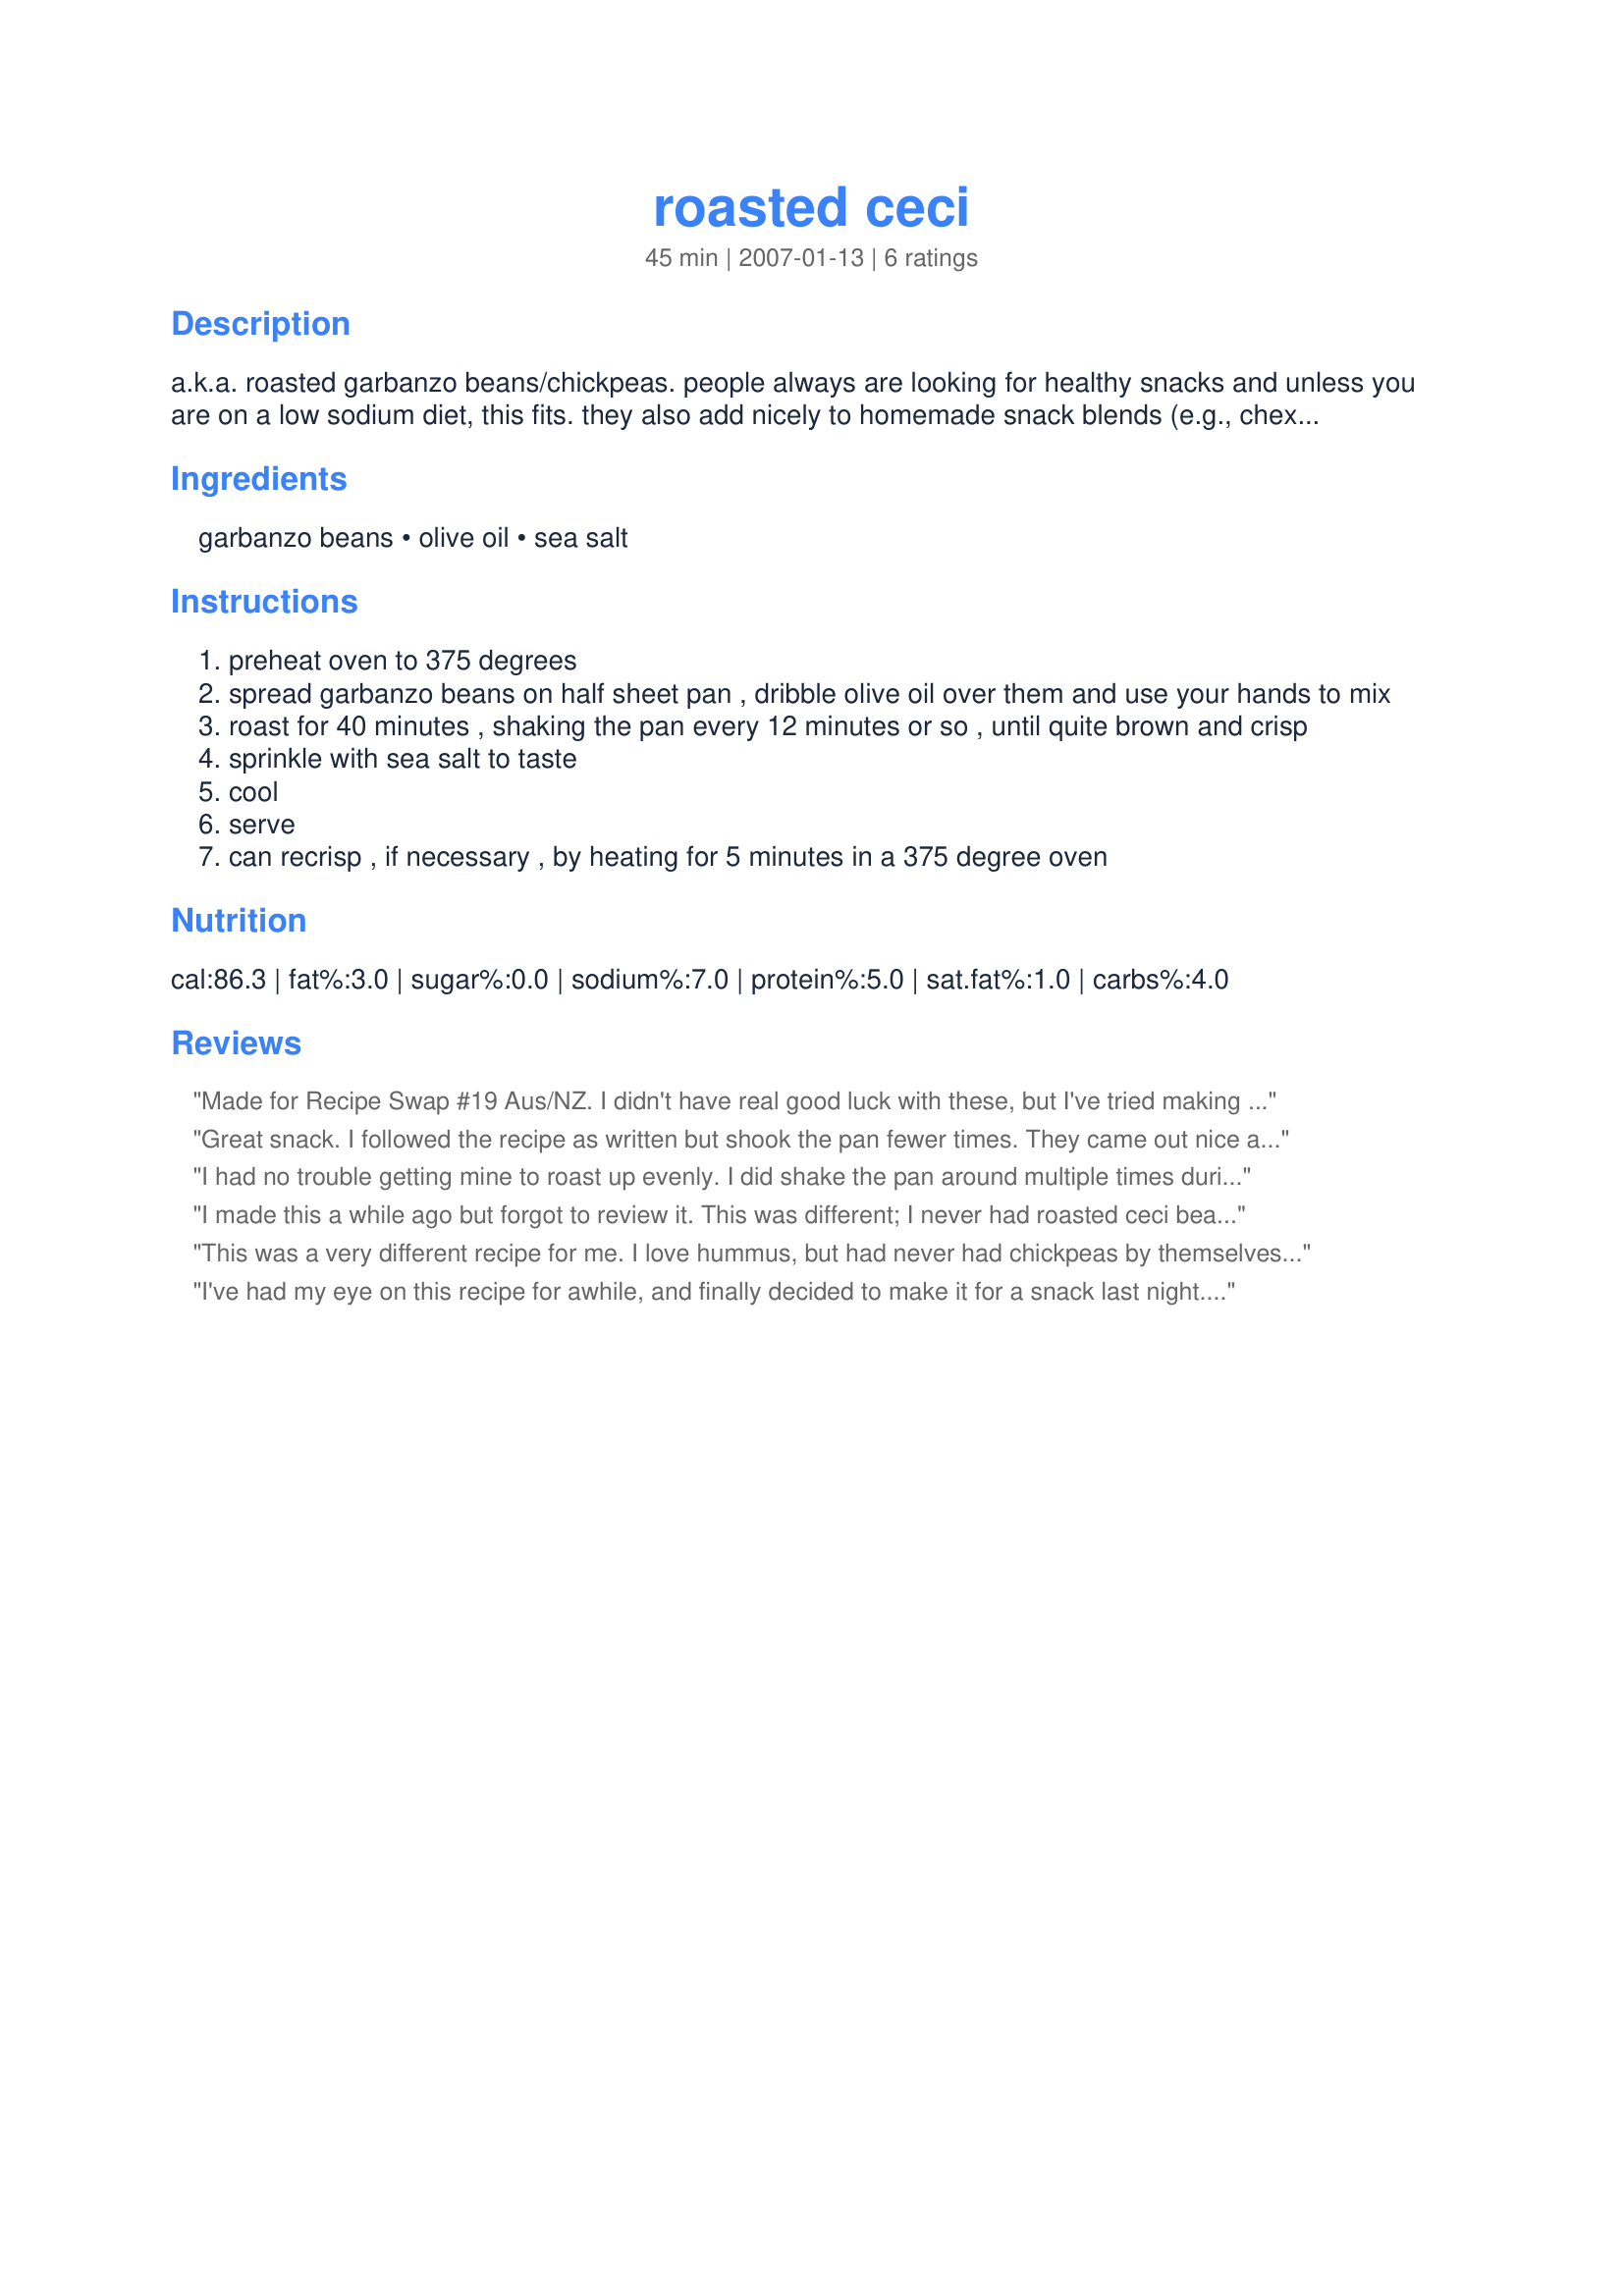
roasted ceci
Preparation time: 45 minutes

a.k.a. roasted garbanzo beans/chickpeas.
people always are looking for healthy snacks and unless you are on a low sodium diet, this fits. they also add nicely to homemade snack blends (e.g., chex mixes, giada's ceci, pistachio and almond mix and the like).edited 9-8-07 given the comments about the beans remaining somewhat soft inside, and realizing people expect them to be crispy, yesterday i made a double batch, cooked as indicated and then turned the oven to 275 and left them in for another hour to hour and a half. they were perfectly crunchy.

Ingredients:
garbanzo beans, olive oil, sea salt

Steps:
preheat oven to 375 degrees
spread garbanzo beans on half sheet pan , dribble olive oil over them and use your hands to mix
roast for 40 minutes , shaking the pan every 12 minutes or so , until quite brown and crisp
sprinkle with sea salt to taste
cool
serve
can recrisp , if necessary , by heating for 5 minutes in a 375 degree oven

Reviews:
Made for Recipe Swap #19 Aus/NZ. I didn't have real good luck with these, but I've tried making them before and didn't have good luck then either. It's probably just me. Anyway, I do like chick peas and I will try these again.
Great snack. I followed the recipe as written but shook the pan fewer times. They came out nice and crunchy.
I had no trouble getting mine to roast up evenly. I did shake the pan around multiple times during the baking, and I roasted them at 370degrees for 45 minutes. I got a bit too much oil on mine, but after sprinkling the salt, had thought to drain on a paper towel, and it wasn't needed. They were great warm too! YUMMY! Thank you for posting an easy, healthy snack!
I made this a while ago but forgot to review it. This was different; I never had roasted ceci beans before. Some of the beans did not crisp, so I picked them out before serving. Next time I make this (and I definitely will) I'll use a lower oven temp. Maybe the beans will all crip-up uniformly. Nice recipe Barbry.
This was a very different recipe for me. I love hummus, but had never had chickpeas by themselves. The time and temp of this recipe was perfect for my oven, and these had a nice crunch to them. I think that additional seasoning would be better for my tastes though, rather than just the salt. I will try again, using this technique as a base. Thanks for posting!
I've had my eye on this recipe for awhile, and finally decided to make it for a snack last night. They beans came out nice & crunchy. I cooked it for about 45 minutes at 375 and then lowered the temp to 275 for 30 minutes. I didn't find the salt stuck to them enough, so I sprinkled them with some homemade seasoned salt to add flavor. It helped, but they were a little too plain for me. I think they would be good in a trail mix, and nut lovers would probably love them.
